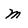
Character: M